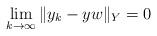
LaTeX: \begin{align*}\lim_{k\to\infty}\|y_k-yw\|_Y=0\end{align*}